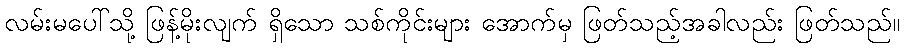
လမ်းမပေါ်သို့ ဖြန့်မိုးလျက် ရှိသော သစ်ကိုင်းများ အောက်မှ ဖြတ်သည့်အခါလည်း ဖြတ်သည်။